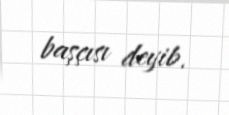
başçısı deyib.